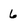
Character: 6